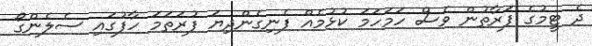
ދެ ޓީމުގެ ފަރާތުން ވެސް ހަމަހަމަ ކުޅުމެއް ފެނިގެންދިޔަ ފުރަތަމަ ހާފުގައި ސެލެންގޯ